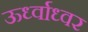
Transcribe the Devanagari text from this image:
ऊर्ध्वाध्वर